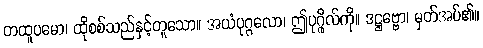
တထူပမော၊ ထိုစစ်သည်နှင့်တူသော။ အယံပုဂ္ဂလော၊ ဤပုဂ္ဂိုလ်ကို။ ဒဋ္ဌဗ္ဗော၊ မှတ်အပ်၏။